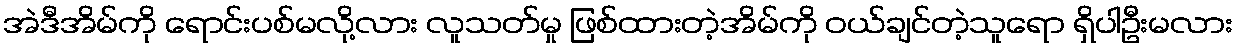
အဲဒီအိမ်ကို ရောင်းပစ်မလို့လား လူသတ်မှု ဖြစ်ထားတဲ့အိမ်ကို ဝယ်ချင်တဲ့သူရော ရှိပါဦးမလား